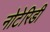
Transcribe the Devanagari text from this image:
नोटेरिडी